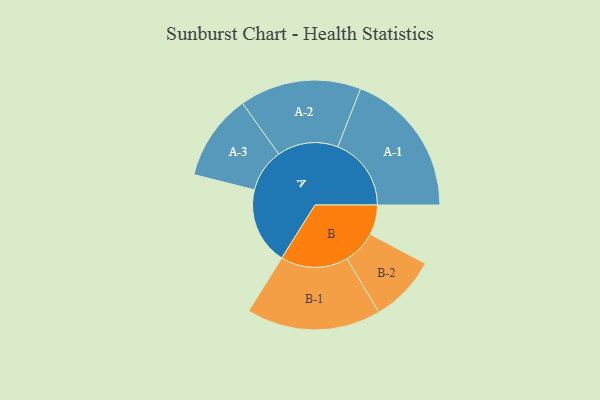
{"axis": {"x": "Segment", "y": "Value"}, "legend": ["", "A", "B"], "data": [{"x": "A", "y": 276, "type": ""}, {"x": "B", "y": 107, "type": ""}, {"x": "A-1", "y": 263, "type": "A"}, {"x": "A-2", "y": 218, "type": "A"}, {"x": "A-3", "y": 155, "type": "A"}, {"x": "B-1", "y": 241, "type": "B"}, {"x": "B-2", "y": 120, "type": "B"}]}